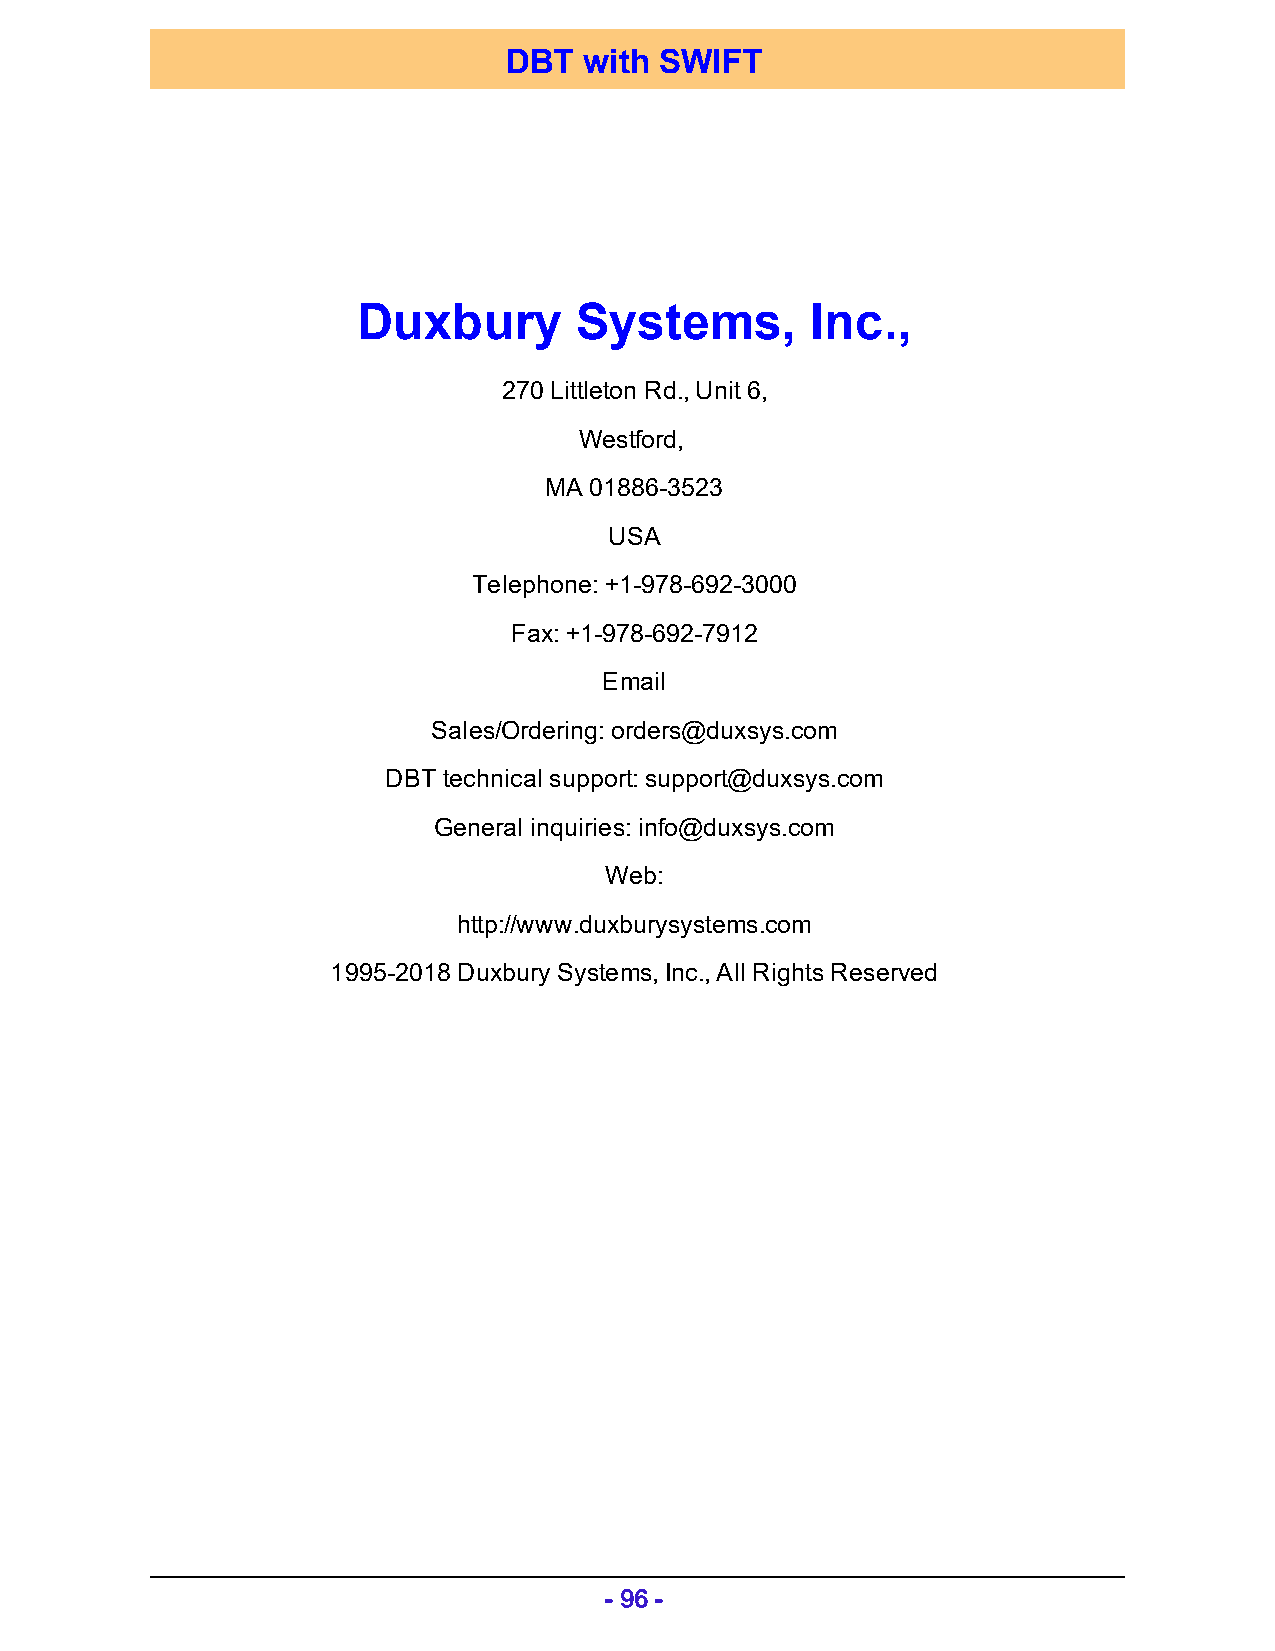
DBT  with SWIFT
 Duxbury       Systems,        Inc.,
 270 Littleton Rd., Unit 6,
 Westford,
 MA 01886-3523
 USA
 Telephone: +1-978-692-3000
 Fax: +1-978-692-7912
 Email
 Sales/Ordering: orders@duxsys.com
 DBT technical support: support@duxsys.com
 General inquiries: info@duxsys.com
 Web:
 http://www.duxburysystems.com
 1995-2018 Duxbury Systems, Inc., All Rights Reserved
 - 96 -